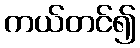
ကယ်တင်၍